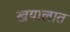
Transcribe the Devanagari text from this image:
खयालात